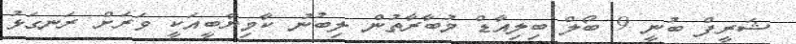
ޝަރީފް ބުނީ 9 ބޯލް ބިލިއާޑް މުބާރާތުން ލިބުނު ކާމިިޔާބީއަކީ ވަރަށް ރަނގަޅު